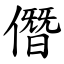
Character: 僭